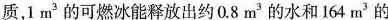
质，1m^{3} 的可燃冰能释放出约0.8m^{3} 的水和164m^{3}